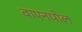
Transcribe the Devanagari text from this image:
वाएनपोल